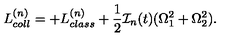
L _ { c o l l } ^ { ( n ) } = + L _ { c l a s s } ^ { ( n ) } + \frac { 1 } { 2 } { \cal I } _ { n } ( t ) ( \Omega _ { 1 } ^ { 2 } + \Omega _ { 2 } ^ { 2 } ) .